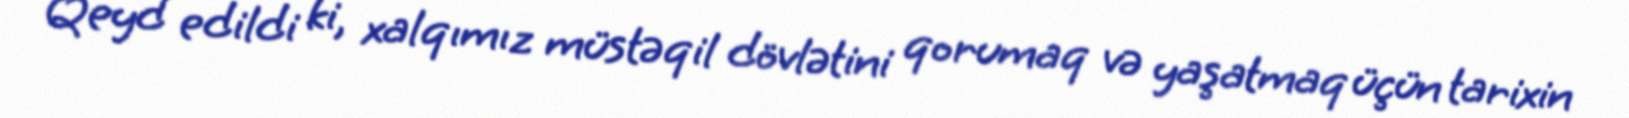
Qeyd edildi ki, xalqımız müstəqil dövlətini qorumaq və yaşatmaq üçün tarixin